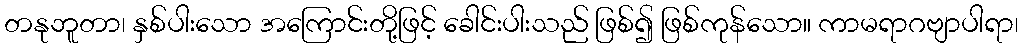
တနုဘူတာ၊ နှစ်ပါးသော အကြောင်းတို့ဖြင့် ခေါင်းပါးသည် ဖြစ်၍ ဖြစ်ကုန်သော။ ကာမရာဂဗျာပါရာ၊